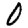
Digit: 0